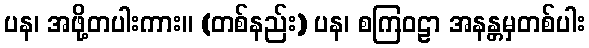
ပန၊ အဖို့တပါးကား။ (တစ်နည်း) ပန၊ စကြဝဠာ အနန္တမှတစ်ပါး